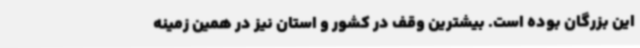
این بزرگان بوده است. بیشترین وقف در کشور و استان نیز در همین زمینه